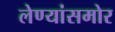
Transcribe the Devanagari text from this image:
लेण्यांसमोर